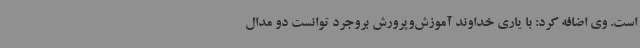
است. وی اضافه کرد: با یاری خداوند آموزش‌وپرورش بروجرد توانست دو مدال